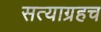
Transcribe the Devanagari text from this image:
सत्याग्रहच